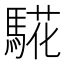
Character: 𩤉